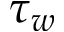
\tau _ { w }